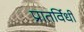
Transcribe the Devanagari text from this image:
प्रातर्विधी